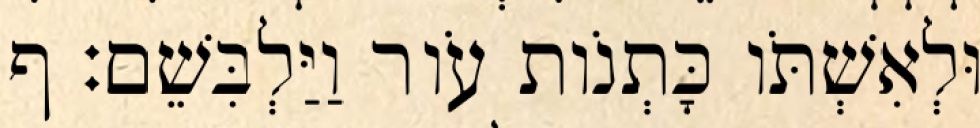
וּלְאִשְׁתֹּו כָּתְנֹות עֹור וַיַּלְבִּשֵׁם׃ ף